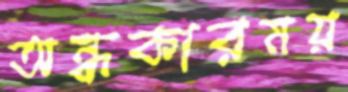
অন্ধকারময়